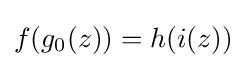
f(g_{0}(z))=h(i(z))